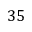
3 5